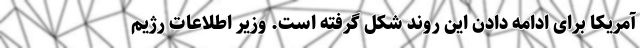
آمریکا برای ادامه دادن این روند شکل گرفته است. وزیر اطلاعات رژیم